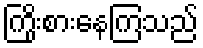
ကြိုးစားနေကြသည်